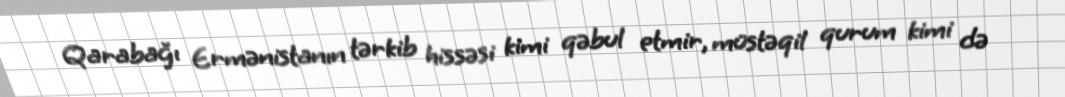
Qarabağı Ermənistanın tərkib hissəsi kimi qəbul etmir, müstəqil qurum kimi də